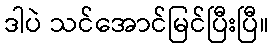
ဒါပဲ သင်အောင်မြင်ပြီးပြီ။